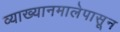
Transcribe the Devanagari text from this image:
व्याख्यानमालेपासून